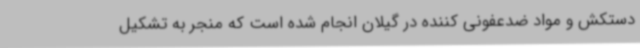
دستکش و مواد ضدعفونی کننده در گیلان انجام شده است که منجر به تشکیل